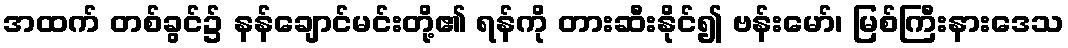
အထက် တစ်ခွင်၌ နန်ချောင်မင်းတို့၏ ရန်ကို တားဆီးနိုင်၍ ဗန်းမော်၊ မြစ်ကြီးနားဒေသ